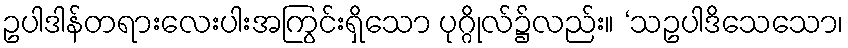
ဥပါဒါန်တရားလေးပါးအကြွင်းရှိသော ပုဂ္ဂိုလ်၌လည်း။ ‘သဥပါဒိသေသော၊